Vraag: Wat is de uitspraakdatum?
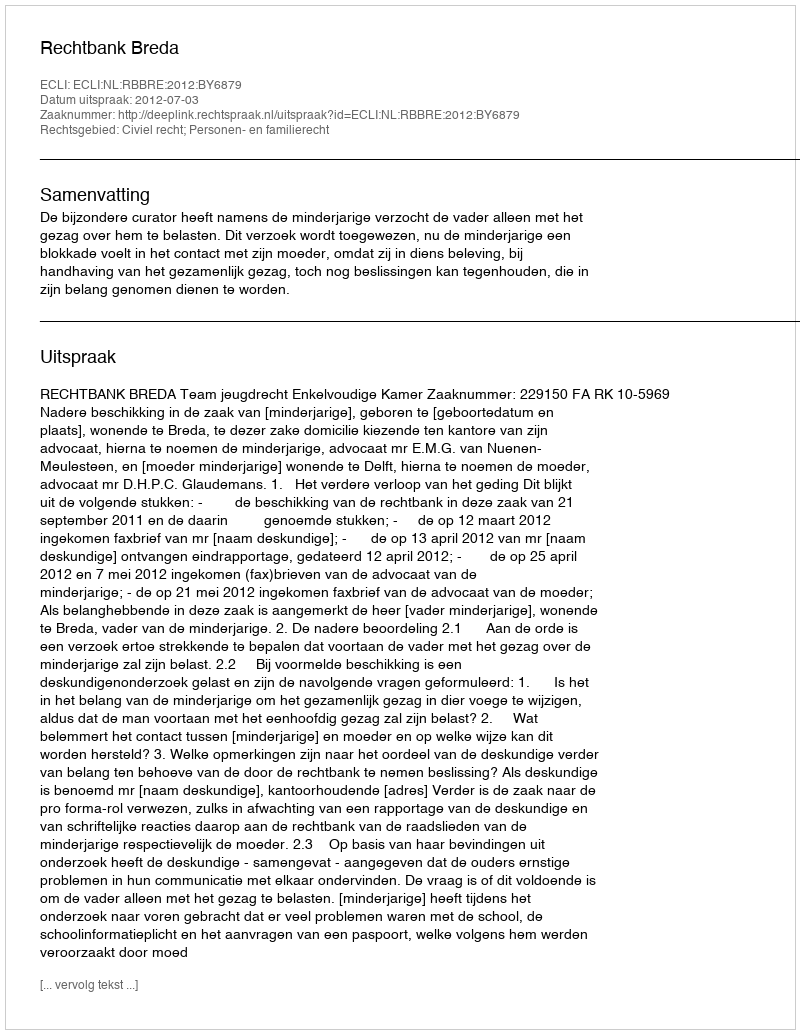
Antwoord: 2012-07-03